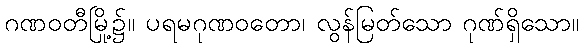
ဂဏဝတီမြို့၌။ ပရမဂုဏဝတော၊ လွန်မြတ်သော ဂုဏ်ရှိသော။